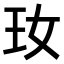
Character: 𤣷